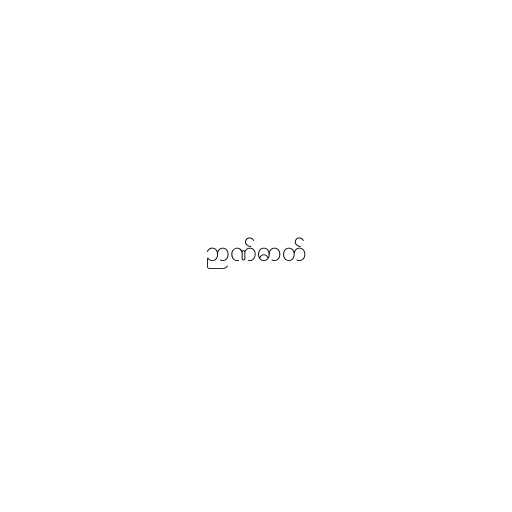
ဉာဏ်ဓာတ်